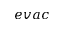
e v a c